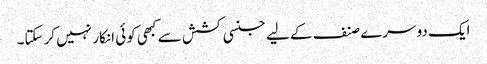
ایک دوسرے صنف کے لیے جنسی کشش سے کبھی کوئی انکار نہیں کرسکتا۔